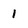
Character: 1